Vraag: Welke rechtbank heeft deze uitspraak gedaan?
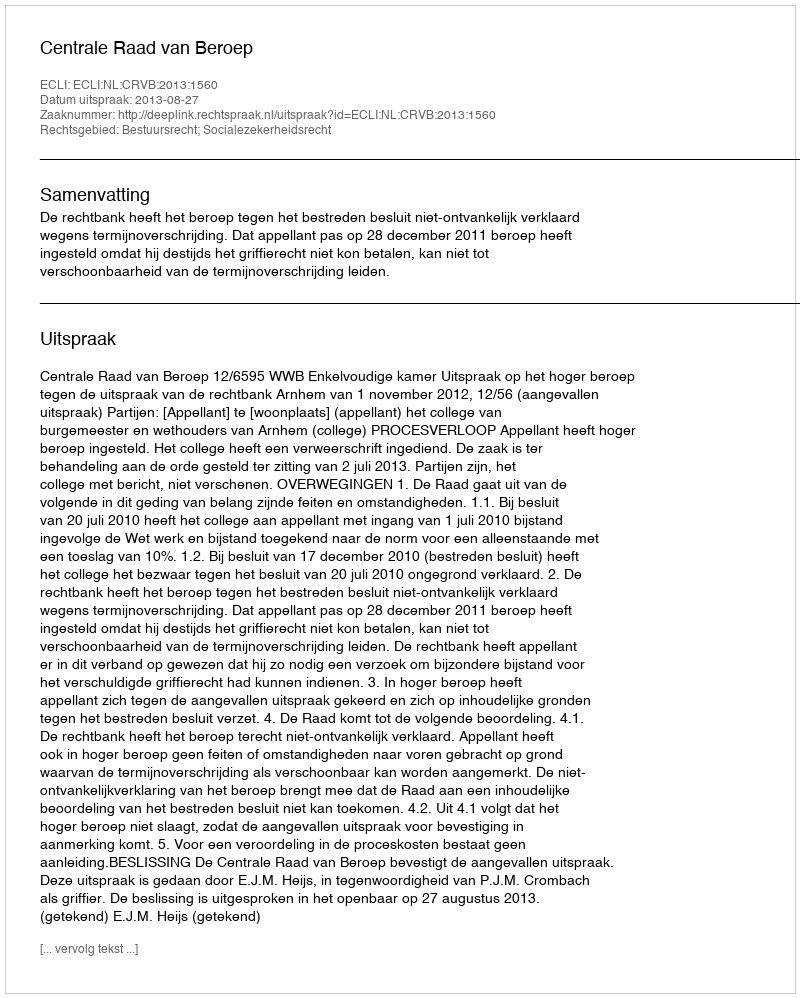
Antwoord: Centrale Raad van Beroep